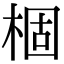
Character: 棝